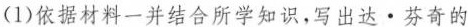
(1)依据材料一并结合所学知识，写出达·芬奇的